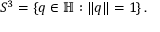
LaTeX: S ^ { 3 } = \left\{ q \in \mathbb { H } : \| q \| = 1 \right\} .